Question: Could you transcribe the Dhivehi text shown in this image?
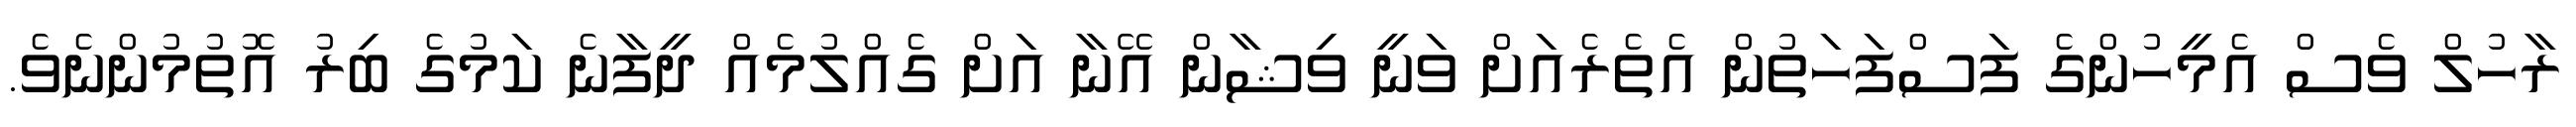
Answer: ރާހުލް ވެސް އެމީހުންގެ ފަސްފަހަތުން އެތެރެއަށް ވަނީ ވިޝާން އޭނާ އަށް ގެއްލުމެއް ދީފާނެ ކަމުގެ ބިރު އޮތުމުންނެވެ.